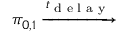
\pi _ { 0 , 1 } \xrightarrow { t _ { \textrm { d e l a y } } }